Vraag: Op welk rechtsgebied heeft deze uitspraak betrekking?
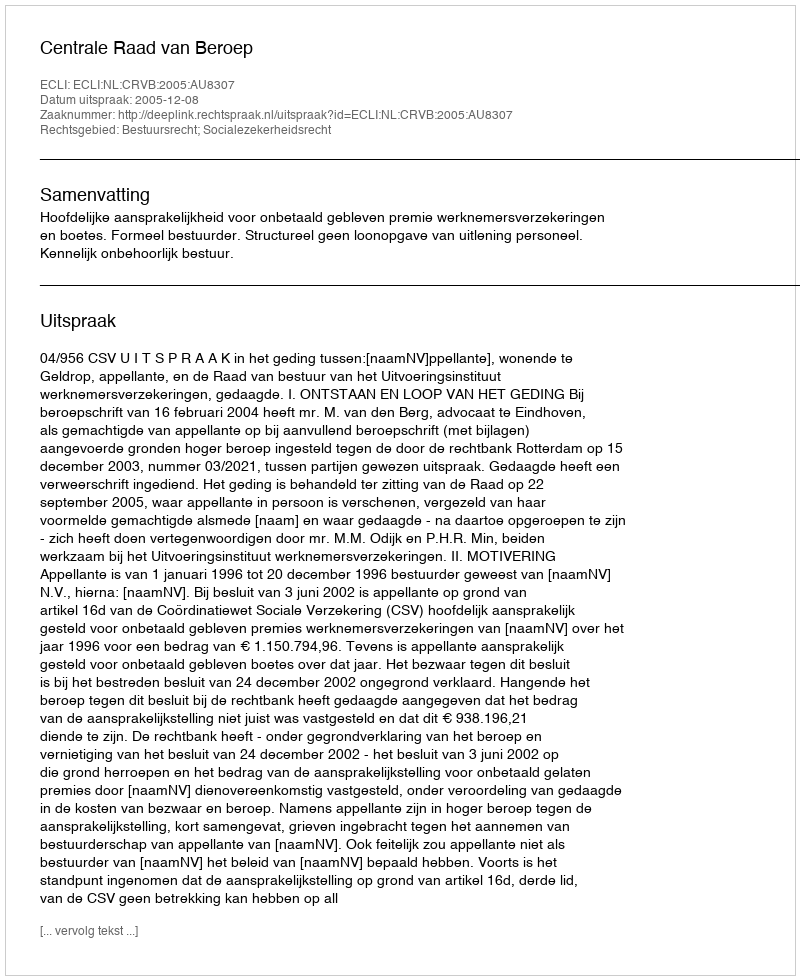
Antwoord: Bestuursrecht; Socialezekerheidsrecht